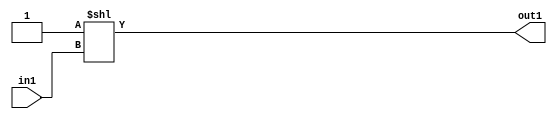
`timescale 1ps / 1ps
/*****************************************************************************
    Verilog RTL Description
    
    
    Created by: Stratus DpOpt 2019.1.01 
*******************************************************************************/

module DC_Filter_DECODE_2U_5_4 (
	in1,
	out1
	); /* architecture "behavioural" */ 
input  in1;
output [1:0] out1;
wire [1:0] asc001;

assign asc001 = 2'B01 << in1;

assign out1 = asc001;
endmodule

/* CADENCE  urb5TAs= : u9/ySgnWtBlWxVPRXgAZ4Og= ** DO NOT EDIT THIS LINE ******/